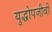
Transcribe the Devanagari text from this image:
युद्धोपजीवी